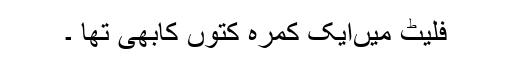
فلیٹ میںایک کمرہ کتوں کابھی تھا ۔